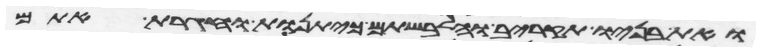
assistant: ואת בניו תקריב והלבשתם כיתנות וחגרת אתם